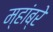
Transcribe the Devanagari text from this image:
म्हांब्रे